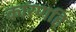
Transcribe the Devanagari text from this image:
कारणहि